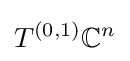
T^{(0,1)}\mathbb {C} ^{n}